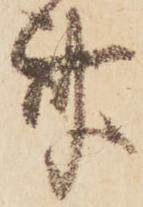
斎